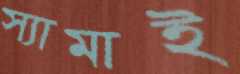
স্যামাই